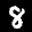
Label: 8